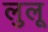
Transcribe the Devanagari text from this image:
लुलू